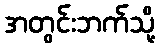
အတွင်းဘက်သို့